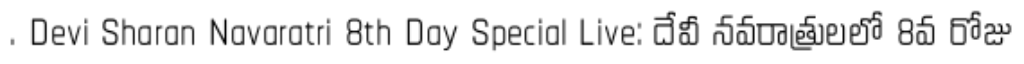
. Devi Sharan Navaratri 8th Day Special Live: దేవీ నవరాత్రులలో 8వ రోజు